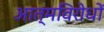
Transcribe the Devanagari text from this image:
आत्मविरोधों